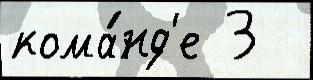
кома́нд'е 3